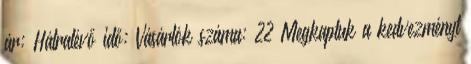
ár: Hátralévő idő: Vásárlók száma: 22 Megkaptuk a kedvezményt